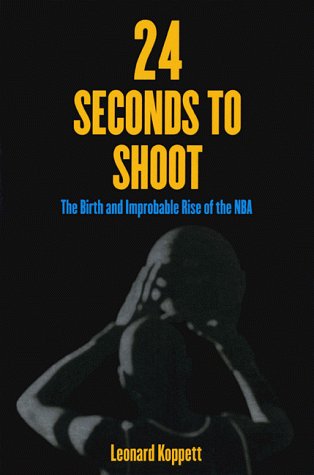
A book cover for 24 Seconds to Shoot: The Birth and Improbable Rise of the National Basketball Association; Leonard Koppett; Sports & Outdoors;